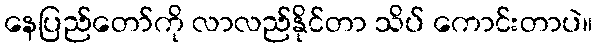
နေပြည်တော်ကို လာလည်နိုင်တာ သိပ် ကောင်းတာပဲ။